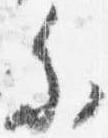
参